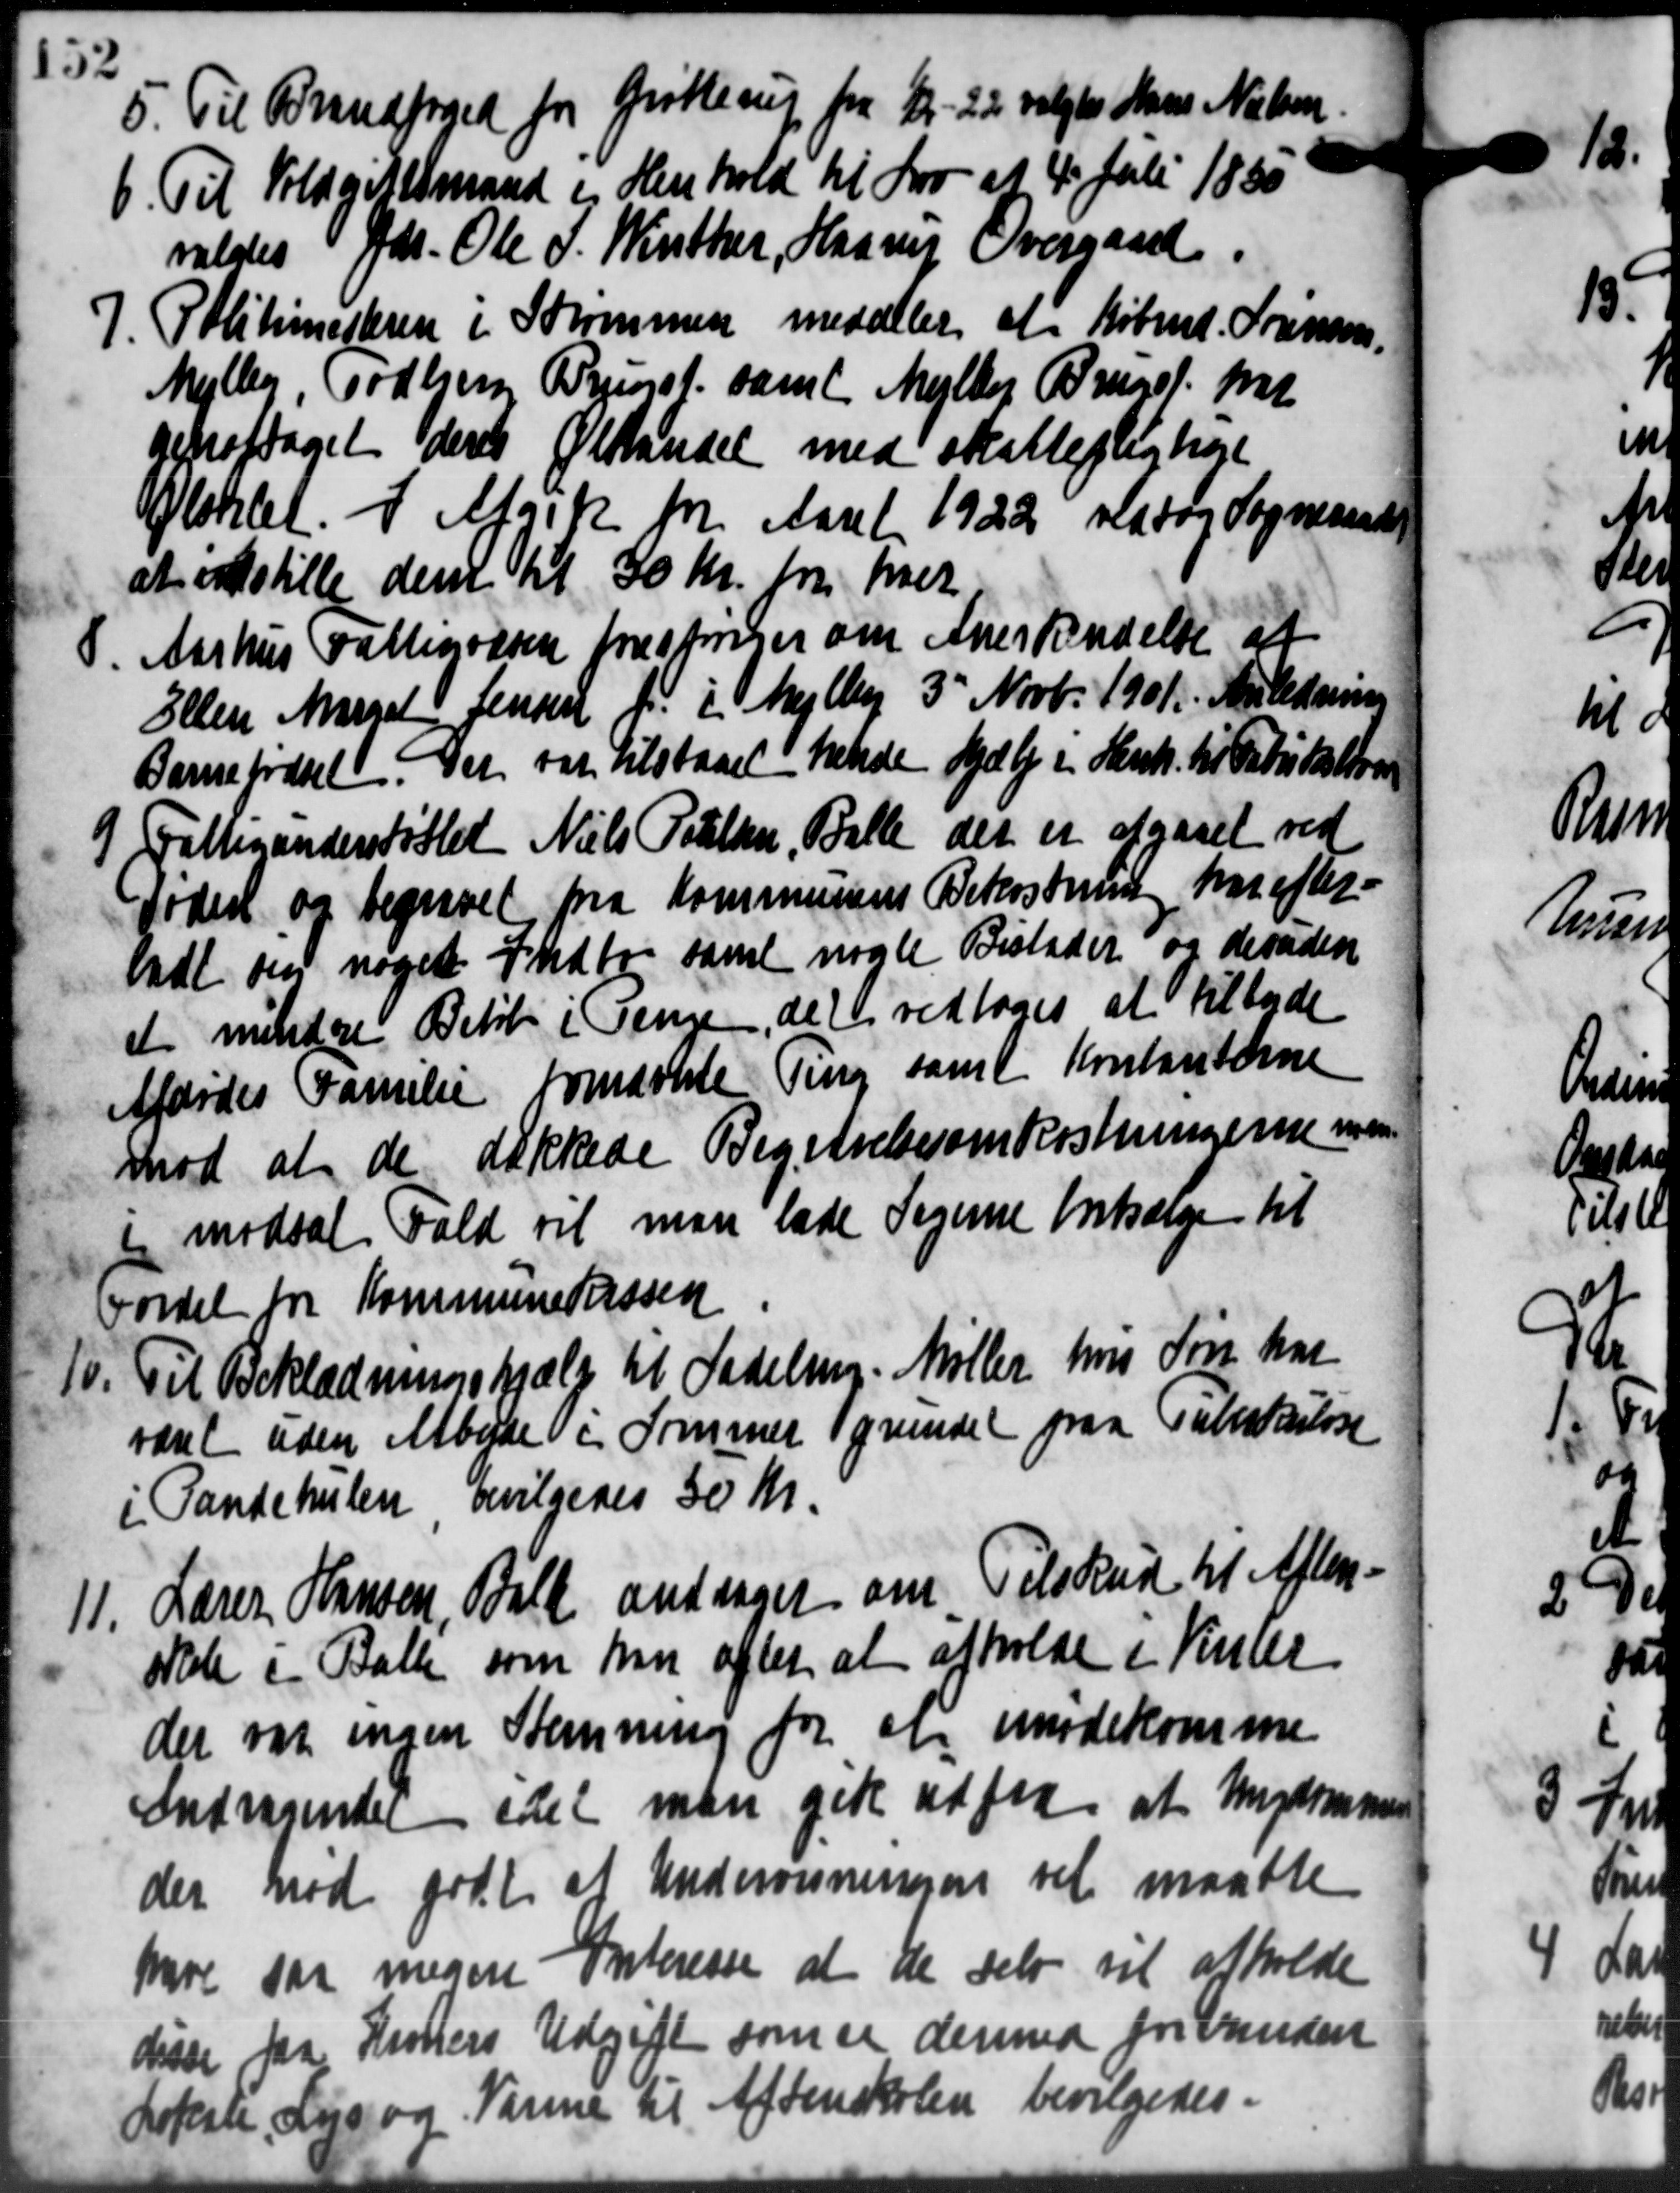
Transskription:
5. Til Brandfoged for Grøtlerup fra 1 - 22 valgtes Hans Nielsen
5. Til Brandfoged for Grøtlerup fra 1 - 22 valgtes Hans Nielsen
6. Til Voldgiftsmand i Henhold til Lov af 4 Juli 1880
6. Til Voldgiftsmand i Henhold til Lov af 4 Juli 1880
valdes Gdr. Ole S. Winther, Harry Overgaard.
7. Politimesteren i Sorommen meddeler at Købmd. Sørensen.
7. Politimesteren i Sorommen meddeler at Købmd. Sørensen.
Mejlby, Todbjerg Priest, samt Mejlby Bruget p
neproftaget deres Ølstandet med skattepligtige
Kloklet i Afgik for Aaret 1922 vedtog Sogneraadet
at indstille dem til 30 Kr. pr. hver
Aarhus Fattigvæsen forestriner om Anerkendelse af
8.
Ellen Marsel Jensen f. i Mejlby 3' Novb. 1901. Anledning
Barnefødsel. Det var tilstaaet hende Hjælp i Henh. til Fabrikation
9 Fattiganderstøttet Niels Pouelsen, Balle der er afgaaet ved
9 Fattiganderstøttet Niels Pouelsen, Balle der er afgaaet ved
foder og begravel fra Kommunens Bekostning har efter
ladt om noget Indtog samt nogle Bistader og desuden
et mindre Beløb i Penge, det vedtoges at tilbyde
Afdødes Familie fornævnte Ting samt Kontanterne
mod at de dækkede Begivelsesomkostningerne men
i modsat Fald vil man lade Sagerne fortsælge til
Fordel for Kommunekassen
10. Til Beklædningshjælp til Sadeling. Møller hvis Søn har
10. Til Beklædningshjælp til Sadeling. Møller hvis Søn har
været uden Arbejde i Sommer grundel paa Tuberkulose
i Pandehulen bevilgedes 30 Kr.
11. Lærer Hansen, Bill andrager om Tilskud til Aften-
11. Lærer Hansen, Bill andrager om Tilskud til Aften-
skole i Balle som han aftet at afholde i Kinde
der var ingen Stemning for et imødekomme
Indragende idet man gik ud fra at Ungdommen
der nød godt at Undervisningen vil maatte
Moe saa megen Interesse at de selv vil afholde
disse fra Kroners Udgift som er dermed for Vanden
Lokale ansøge Varme til Aftenskolen bevilgedes.